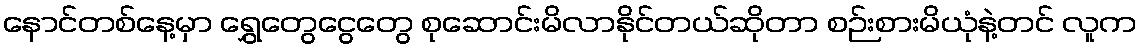
နောင်တစ်နေ့မှာ ရွှေတွေငွေတွေ စုဆောင်းမိလာနိုင်တယ်ဆိုတာ စဉ်းစားမိယုံနဲ့တင် လူက